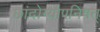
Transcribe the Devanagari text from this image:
छांदोग्योपनिषत्